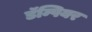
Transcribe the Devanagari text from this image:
डॅम्पियर